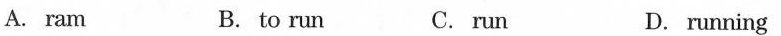
A. ram B. to run C.run D. running